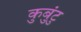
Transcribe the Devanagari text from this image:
कुबुंटु